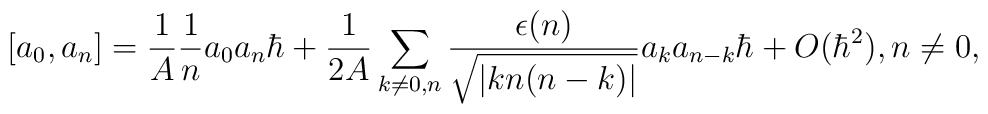
[a_{0},a_{n}]={1 \over A}{1 \over n}a_{0}a_{n}\hbar +{1 \over 2A}\sum _{k \ne 0,n}{\epsilon(n) \over \sqrt{|kn(n-k)|}}a_{k}a_{n-k}\hbar+O(\hbar^{2}), \\ n \ne 0,